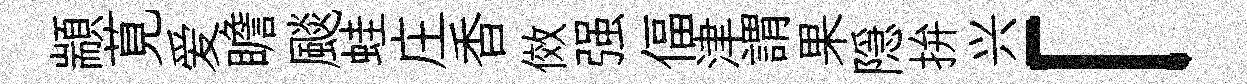
顓莧爱瞻颷蛙庄香傚强偪津謂果隠拚兴「